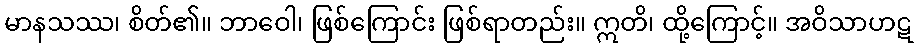
မာနသဿ၊ စိတ်၏။ ဘာဝေါ၊ ဖြစ်ကြောင်း ဖြစ်ရာတည်း။ ဣတိ၊ ထို့ကြောင့်။ အဝိသာဟဋ